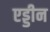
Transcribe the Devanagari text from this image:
एड्डीन